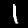
Digit: 1